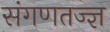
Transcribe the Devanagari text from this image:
संगणतज्ज्ञ